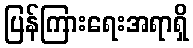
ပြန်ကြားရေးအရာရှိ